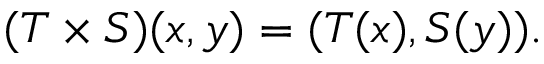
( T \times S ) ( x , y ) = ( T ( x ) , S ( y ) ) .